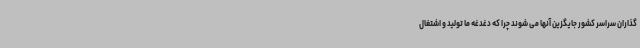
گذاران سراسر کشور جایگزین آنها می شوند چرا که دغدغه ما تولید و اشتغال